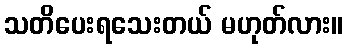
သတိပေးရသေးတယ် မဟုတ်လား။